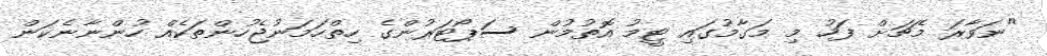
"ނަވާރަ މެޗަށް ފަހު މި މަގާމުގައި ޓީމު އޮތުމުން ސަޕޯޓަރުންގެ ހިތްހަމަނުޖެހުންތަކެއް ހުންނާނެކަން